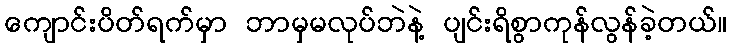
ကျောင်းပိတ်ရက်မှာ ဘာမှမလုပ်ဘဲနဲ့ ပျင်းရိစွာကုန်လွန်ခဲ့တယ်။